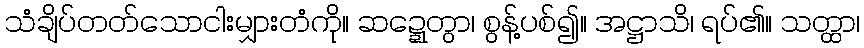
သံချိပ်တတ်သောငါးမျှားတံကို။ ဆဍ္ဍေတွာ၊ စွန့်ပစ်၍။ အဋ္ဌာသိ၊ ရပ်၏။ သတ္ထာ၊